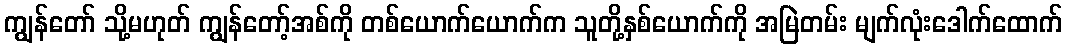
ကျွန်တော် သို့မဟုတ် ကျွန်တော့်အစ်ကို တစ်ယောက်ယောက်က သူတို့နှစ်ယောက်ကို အမြဲတမ်း မျက်လုံးဒေါက်ထောက်